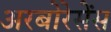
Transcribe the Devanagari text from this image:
अरबोरेसेंस